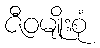
ဇီဝမျိုးစုံ